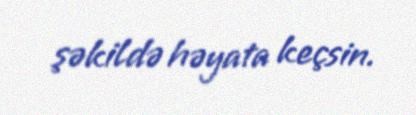
şəkildə həyata keçsin.